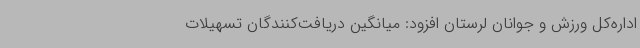
اداره‌کل ورزش و جوانان لرستان افزود: میانگین دریافت‌کنندگان تسهیلات